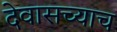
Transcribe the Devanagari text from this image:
देवासच्याच